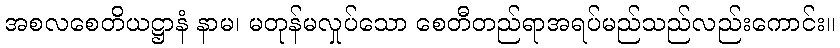
အစလစေတိယဋ္ဌာနံ နာမ၊ မတုန်မလှုပ်သော စေတီတည်ရာအရပ်မည်သည်လည်းကောင်း။